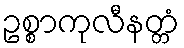
ဥစ္စာကုလီနတ္တံ